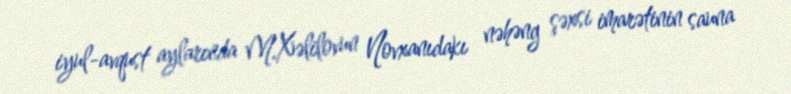
iyul-avqust aylarında M.Xəlilovun Novxanıdakı nəhəng şəxsi imarətinin sauna